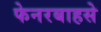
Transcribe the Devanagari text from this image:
फेनरबाहसे